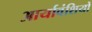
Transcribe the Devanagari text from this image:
आर्यावंशियों